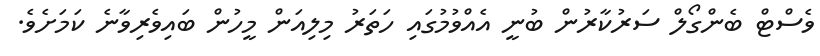
ވެސްޓް ބެންގޯލް ސަރުކާރުން ބުނީ އެއްވުމުގައި ހަތަރު މިލިއަން މީހުން ބައިވެރިވާނެ ކަމަށެވެ.